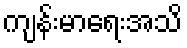
ကျန်းမာရေးအသိ